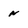
Character: n